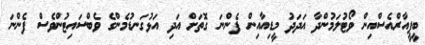
ބީޕީއާރްއެސްއިން ވޯޓުލަމުންދާ އަދަދު މީޑިއާއިން ފެންނަ ގޮތަށް އަދި އަޅުގަނޑުމެންގެ ވެބްސައިޓުންވެސް ފެންނަ